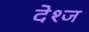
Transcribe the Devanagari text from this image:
देश्ज